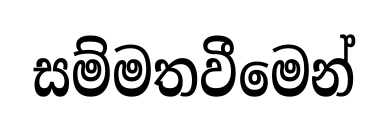
සම්මතවීමෙන්